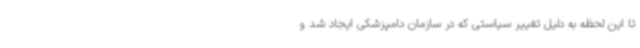
تا این لحظه به دلیل تغییر سیاستی که در سازمان دامپزشکی ایجاد شد و